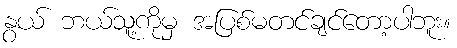
နွယ် ဘယ်သူ့ကိုမှ အပြစ်မတင်ချင်တော့ပါဘူး။